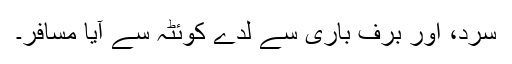
سرد، اور برف باری سے لدے کوئٹہ سے آیا مسافر۔